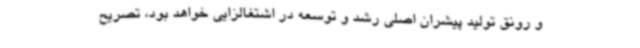
و رونق تولید پیشران اصلی رشد و توسعه در اشتغالزایی خواهد بود، تصریح